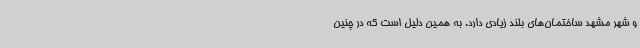
و شهر مشهد ساختمان‌های بلند زیادی دارد. به همین دلیل است که در چنین